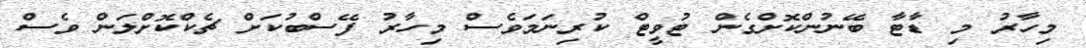
މިހާރު މި ޑާޓާ ބޭނުންކޮށްގެން ޓުވީޓް ކުރިނަމަވެސް މިހާރު ފޭސްބުކަށް ޗެކްކޮށްލަން ވެސް